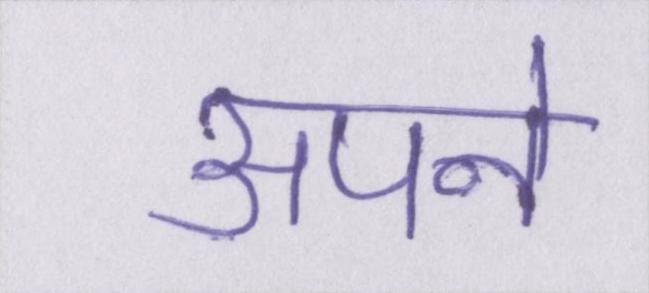
अपने